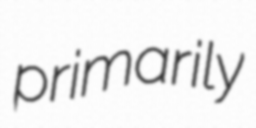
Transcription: primarily